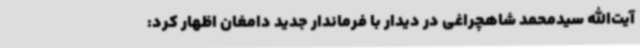
آیت‌الله سیدمحمد شاهچراغی در دیدار با فرماندار جدید دامغان اظهار کرد: